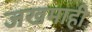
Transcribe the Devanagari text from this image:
जखमाही